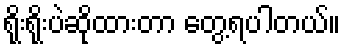
ရိုးရိုးပဲဆိုထားတာ တွေ့ရပါတယ်။